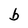
Character: b